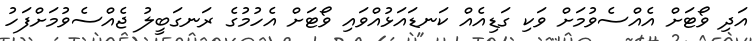
އަދި ވޯޓަށް އެއްސެވުމަށް ވަކި ގަޑިއެއް ކަނޑައަޅުއްވައި ވޯޓަށް އެހުމުގެ ރަނގަބީލު ޖެއްސެވުމަށްފަހު